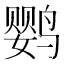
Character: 鹦